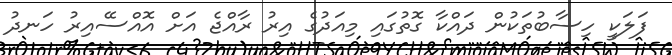
ފަލަކީ ހިސާބުތަކުން ދައްކާ ގޮތުގައި މިއަދުގެ އިރު ރާއްޖެ އަށް އޮއްސޭއިރު ހަނދު